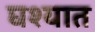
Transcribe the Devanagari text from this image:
घश्यात